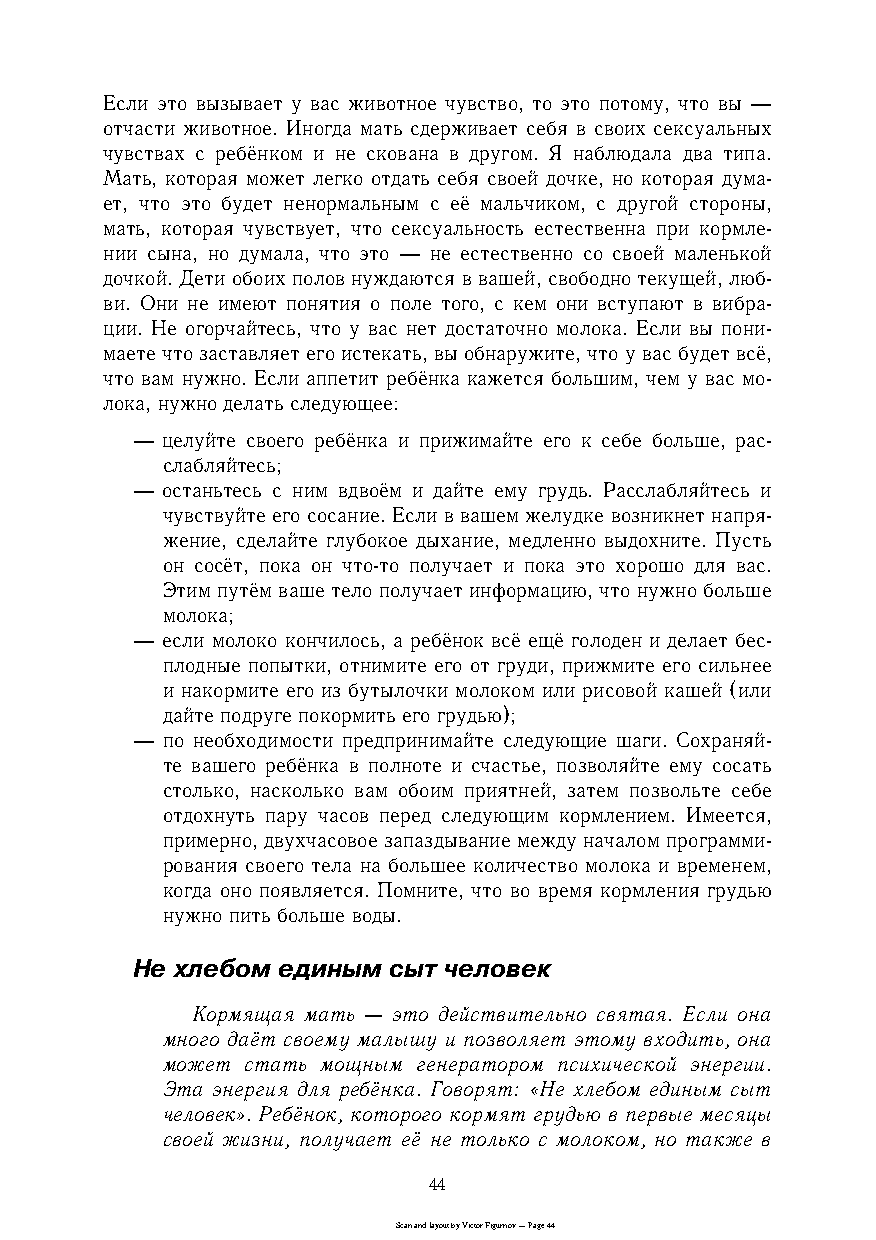
Если это вызывает у вас животное чувство, то это потому, что вы —
 отчасти животное. Иногда мать сдерживает себя в своих сексуальных
 чувствах с ребёнком и не скована в другом. Я наблюдала два типа.
 Мать, которая может легко отдать себя своей дочке, но которая думаc
 ет, что это будет ненормальным с её мальчиком, с другой стороны,
 мать, которая чувствует, что сексуальность естественна при кормлеc
 нии сына, но думала, что это — не естественно со своей маленькой
 дочкой. Дети обоих полов нуждаются в вашей, свободно текущей, любc
 ви. Они не имеют понятия о поле того, с кем они вступают в вибраc
 ции. Не огорчайтесь, что у вас нет достаточно молока. Если вы пониc
 маете что заставляет его истекать, вы обнаружите, что у вас будет всё,
 что вам нужно. Если аппетит ребёнка кажется большим, чем у вас моc
 лока, нужно делать следующее:
 — целуйте своего ребёнка и прижимайте его к себе больше, расc
 слабляйтесь;
 — останьтесь с ним вдвоём и дайте ему грудь. Расслабляйтесь и
 чувствуйте его сосание. Если в вашем желудке возникнет напряc
 жение, сделайте глубокое дыхание, медленно выдохните. Пусть
 он сосёт, пока он чтоcто получает и пока это хорошо для вас.
 Этим путём ваше тело получает информацию, что нужно больше
 молока;
 — если молоко кончилось, а ребёнок всё ещё голоден и делает бесc
 плодные попытки, отнимите его от груди, прижмите его сильнее
 и накормите его из бутылочки молоком или рисовой кашей (или
 дайте подруге покормить его грудью);
 — по необходимости предпринимайте следующие шаги. Сохраняйc
 те вашего ребёнка в полноте и счастье, позволяйте ему сосать
 столько, насколько вам обоим приятней, затем позвольте себе
 отдохнуть пару часов перед следующим кормлением. Имеется,
 примерно, двухчасовое запаздывание между началом программиc
 рования своего тела на большее количество молока и временем,
 когда оно появляется. Помните, что во время кормления грудью
 нужно пить больше воды.
 Не хлебом единым сыт человек
 Кормящая мать — это действительно святая. Если она
 много даёт своему малышу и позволяет этому входить, она
 может стать мощным генератором психической энергии.
 Эта энергия для ребёнка. Говорят: «Не хлебом единым сыт
 человек». Ребёнок, которого кормят грудью в первые месяцы
 своей жизни, получает её не только с молоком, но также в
 44
 Scan and layout by Victor Figurnov — Page 44